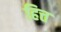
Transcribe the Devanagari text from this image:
हित्त